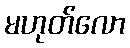
မဟုတ်လော